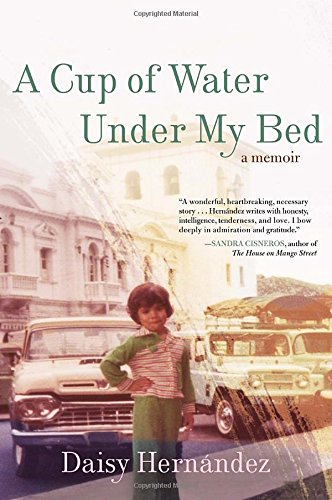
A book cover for A Cup of Water Under My Bed: A Memoir; Daisy Hernandez; Gay & Lesbian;